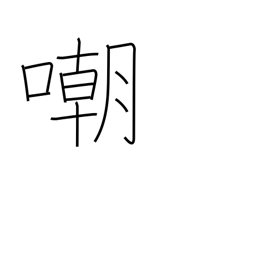
Meaning: insult